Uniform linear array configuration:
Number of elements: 8
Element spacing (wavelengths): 1
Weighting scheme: cosine
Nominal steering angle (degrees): -60
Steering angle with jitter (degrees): -58.352
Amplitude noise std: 0.05
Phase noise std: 0.05

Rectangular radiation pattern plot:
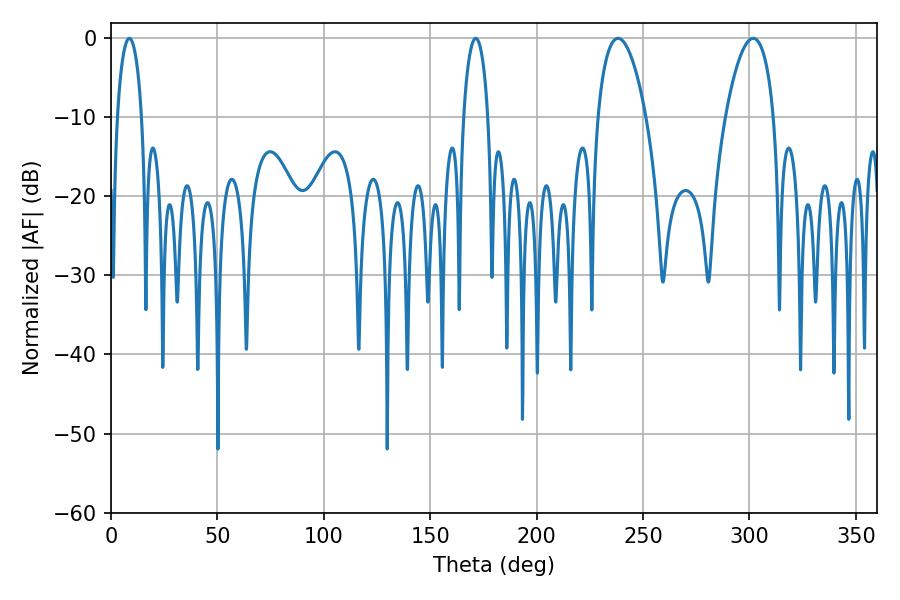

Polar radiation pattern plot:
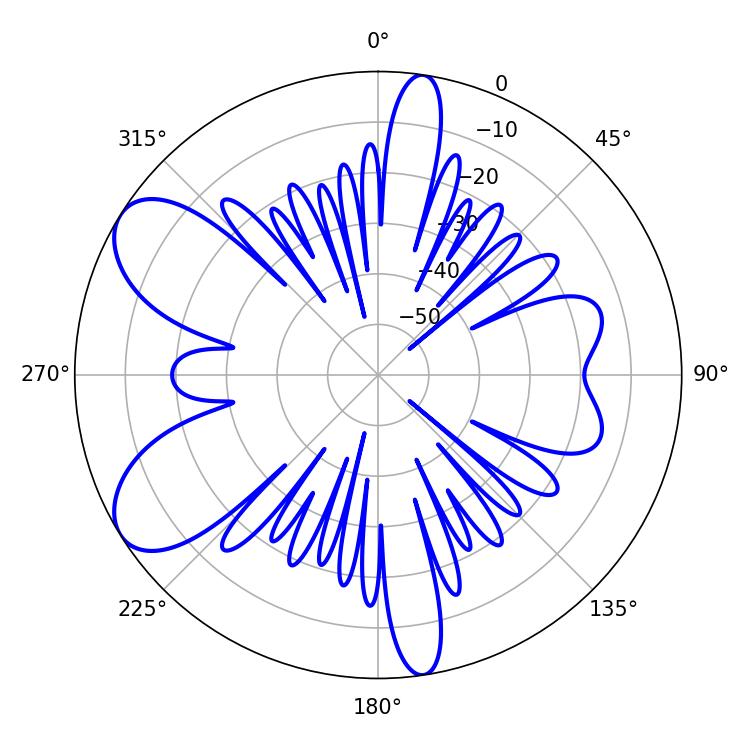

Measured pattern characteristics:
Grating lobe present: TRUE
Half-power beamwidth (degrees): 6.48
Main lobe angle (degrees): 8.64